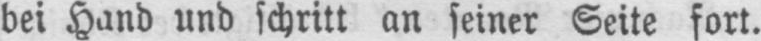
bei Hand und schritt an seiner Seite fort.